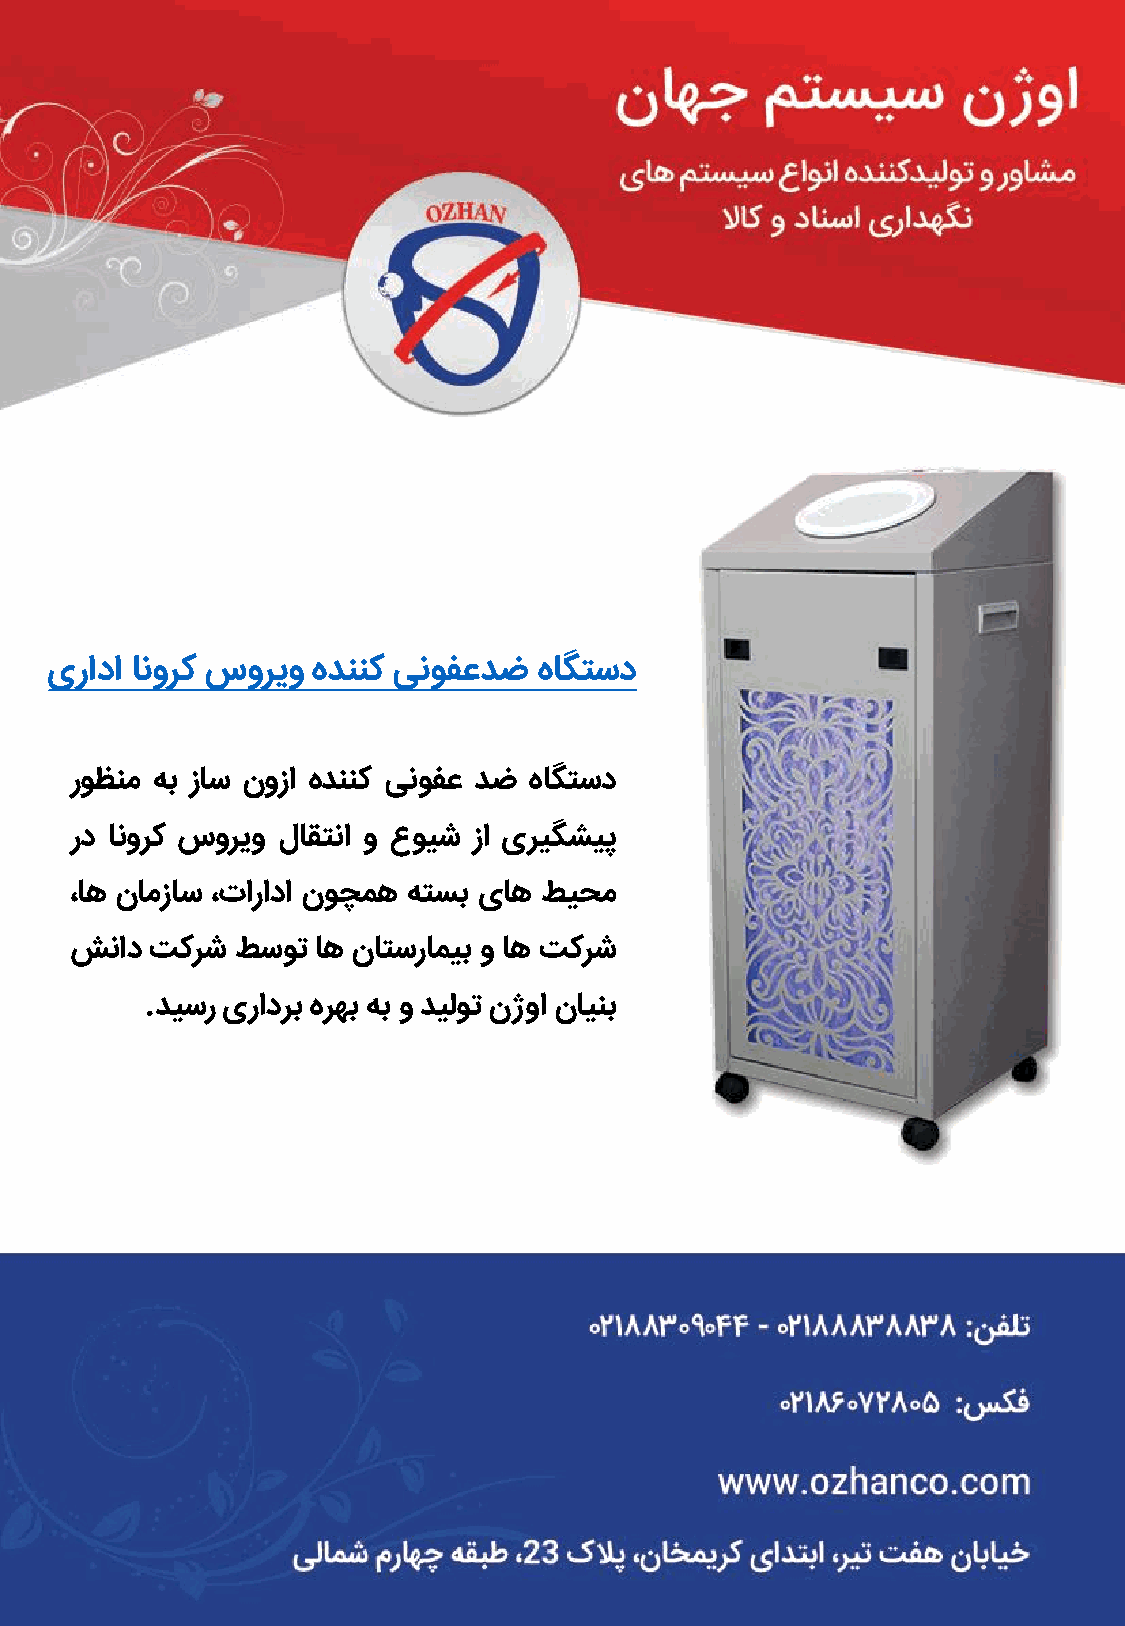
یرادا انورک سوریو هدننک ینوفعدض  هاگتسد
 روظنم هب زاس نوزا هدننک ینوفع دض هاگتسد
 رد انورک سوریو لاقتنا و عویش زا یریگشیپ
 ،اه نامزاس ،تارادا نوچمه هتسب یاه طیحم
 شناد تکرش  طسوت اه ناتسرامیب و اه تکرش
 .دیسر یرادرب هرهب هب و دیلوت نژوا ناینب